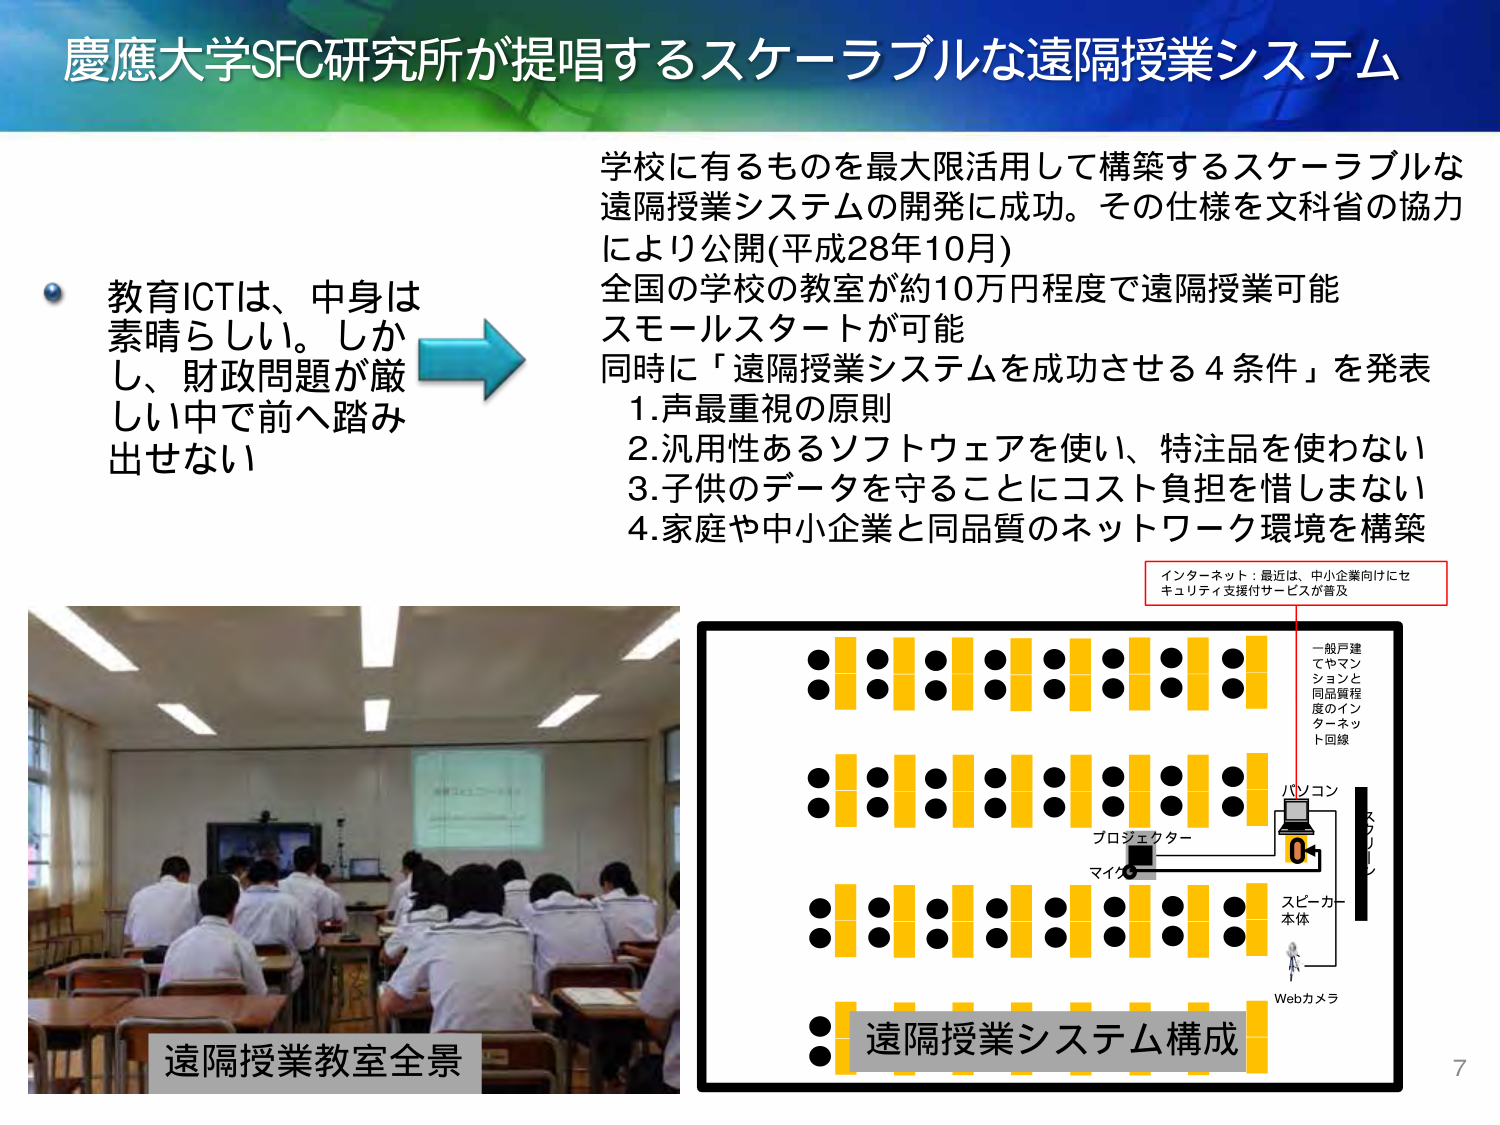
慶應大学SFC研究所が提唱するスケーラブルな遠隔授業システム

教育ICTは、中身は素晴らしい。しかし、財政問題が厳しい中で前へ踏み出せない

学校に有るものを最大限活用して構築するスケーラブルな遠隔授業システムの開発に成功。その仕様を文科省の協力により公開(平成28年10月)
全国の学校の教室が約10万円程度で遠隔授業可能
スモールスタートが可能
同時に「遠隔授業システムを成功させる4条件」を発表
1.声最重視の原則
2.汎用性あるソフトウェアを使い、特注品を使わない
3.子供のデータを守ることにコスト負担を惜しまない
4.家庭や中小企業と同品質のネットワーク環境を構築

インターネット：最近は、中小企業向けにセキュリティ支援付サービスが普及

一般戸建てやマンションと同品質程度のインターネット回線

パソコン
プロジェクター
マイク
スピーカー本体
Webカメラ

遠隔授業システム構成

遠隔授業教室全景

7